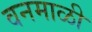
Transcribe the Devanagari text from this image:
वनमाळी